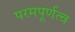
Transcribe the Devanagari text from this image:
परमपूर्णत्व